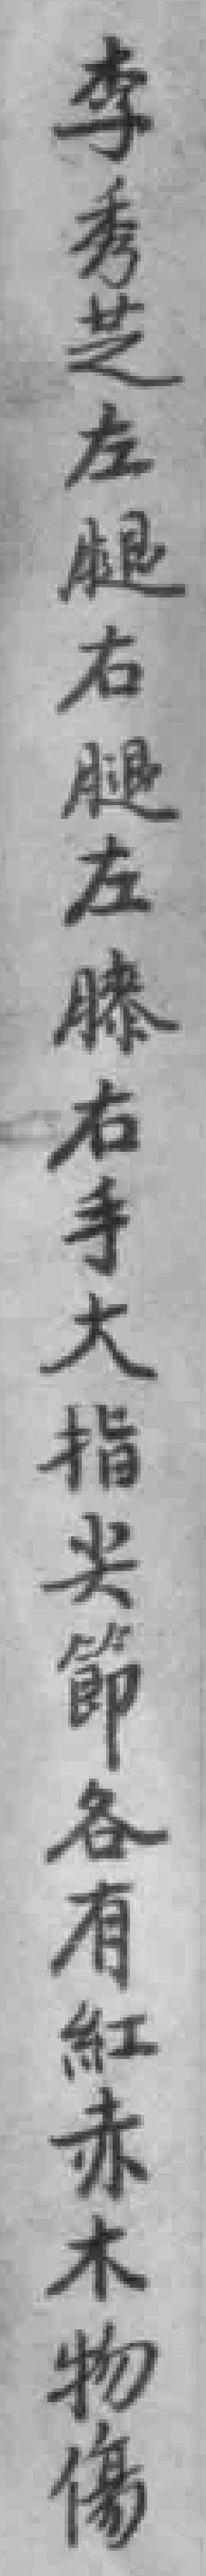
李秀芝左腿右腿左膝右手大指尖節各有紅赤木物傷